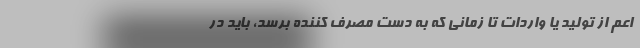
اعم از تولید یا واردات تا زمانی که به دست مصرف کننده برسد، باید در